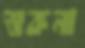
শুকনা